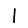
Digit: 1